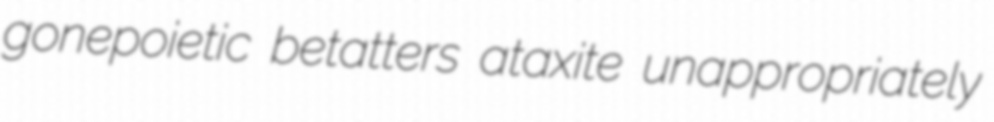
gonepoietic betatters ataxite unappropriately